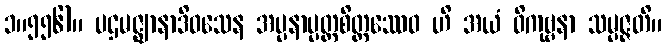
၁။၅၅၆)။ ပဌမဇ္ဈာနာဒိဝသေန အပ္ပနာပ္ပတ္တစိတ္တဿေဝ ဟိ အယံ ဝိကုဗ္ဗနာ သမ္ပဇ္ဇတိ။